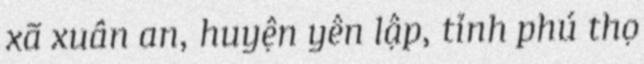
xã xuân an, huyện yên lập, tỉnh phú thọ